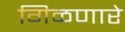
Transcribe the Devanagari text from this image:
गिळणारे